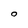
Character: O